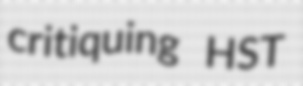
critiquing HST